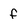
Character: f